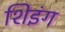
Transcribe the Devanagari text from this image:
शिइंग